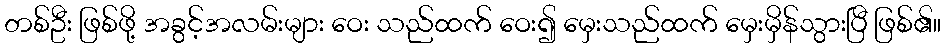
တစ်ဦး ဖြစ်ဖို့ အခွင့်အလမ်းများ ဝေး သည်ထက် ဝေး၍ မှေးသည်ထက် မှေးမှိန်သွားပြီ ဖြစ်၏။